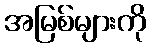
အမြစ်များကို